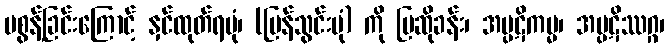
မစွန့်ခြင်းကြောင့် နှင်ထုတ်ရပုံ၊ (ပြန်သွင်းပုံ) ကို ပြဆိုခန်း၊ အပ္ပဋိကမ္မ၊ အပ္ပဋိဿဂ္ဂ၊